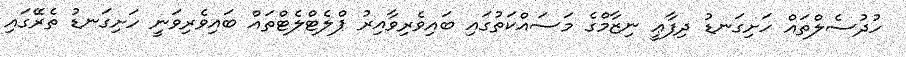
ހުދުސެލްތައް ހަށިގަނޑު ދިފާޢީ ނިޒާމްގެ މަސައްކަތުގައި ބައިވެރިވާއިރު ޕްލެޓްލެޓްތައް ބައިވެރިވަނީ ހަށިގަނޑު ތެރޭގައި